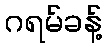
ဂရမ်ခန့်